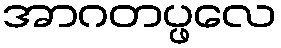
အာဂတပ္ဖလေ